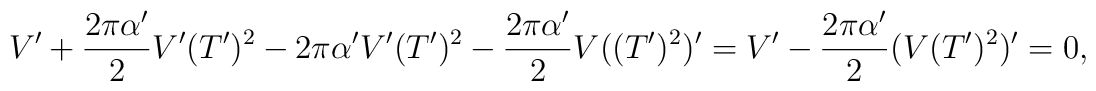
V'+\frac{2\pi\alpha'}{2}V'(T')^2-2\pi\alpha'V'(T')^2-\frac{2\pi\alpha'}{2}V((T')^2)'=V'-\frac{2\pi\alpha'}{2}(V(T')^2)'=0,